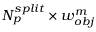
N _ { p } ^ { s p l i t } \times w _ { o b j } ^ { m }